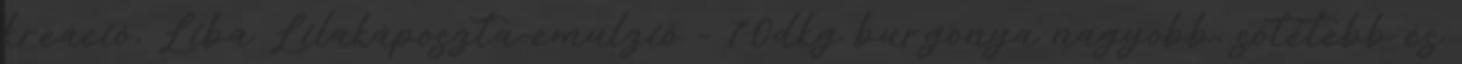
kreáció, Liba Lilakáposzta-emulzió - 70dkg burgonya nagyobb, sötétebb és